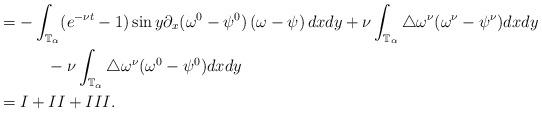
LaTeX: \begin{align*}& =-\int_{\mathbb{T}_{\alpha}}(e^{-\nu t}-1)\sin y\partial_{x}(\omega^{0}-\psi^{0})\left( \omega-\psi\right) dxdy+\nu\int_{\mathbb{T}_{\alpha}}\bigtriangleup\omega^{\nu}(\omega^{\nu}-\psi^{\nu})dxdy\\& \ \ \ \ \ \ \ \ \ -\nu\int_{\mathbb{T}_{\alpha}}\bigtriangleup\omega^{\nu}(\omega^{0}-\psi^{0})dxdy\\& =I+II+III.\end{align*}